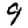
Digit: 9